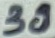
Text: 39